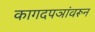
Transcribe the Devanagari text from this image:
कागदपञांवरून